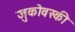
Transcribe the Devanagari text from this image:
जुकोवस्की